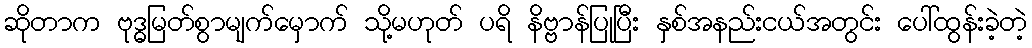
ဆိုတာက ဗုဒ္ဓမြတ်စွာမျက်မှောက် သို့မဟုတ် ပရိ နိဗ္ဗာန်ပြုပြီး နှစ်အနည်းငယ်အတွင်း ပေါ်ထွန်းခဲ့တဲ့